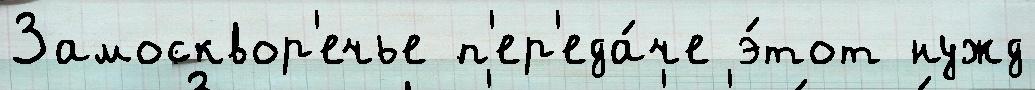
Замосквор'ечье п'ер'еда́че э́тот нужд